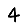
Digit: 4